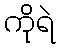
ကိုရဲ